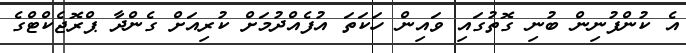
އެ ކުންފުނިން ބުނި ގޮތުގައި ވައިން ހަކަތަ އުފެއްދުމަށް ކުރިއަށް ގެންދާ ޕްރޮޖެކްޓްގެ